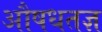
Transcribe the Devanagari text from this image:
औषधतज्ञ